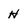
Character: h